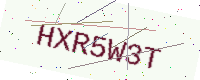
Text: HXR5W3T